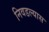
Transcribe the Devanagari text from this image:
निवडल्यास